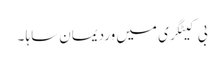
بی کیٹگری میں وردیمان ساہا ۔